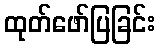
ထုတ်ဖော်ပြခြင်း